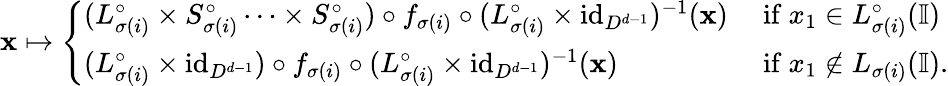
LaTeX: \mathbf{x}\mapsto\left\{ \begin{array}{ll}{(L_{\sigma(i)}^{\circ}\times S_{\sigma(i)}^{\circ}\dots\times S_{\sigma(i)}^{\circ})\circ f_{\sigma(i)}\circ(L_{\sigma(i)}^{\circ}\times\mathrm{id}_{D^{d-1}})^{-1}(\mathbf{x})}&{\mathrm{~if~}x_{1}\in L_{\sigma(i)}^{\circ}(\mathbb{I})}\\ {(L_{\sigma(i)}^{\circ}\times\mathrm{id}_{D^{d-1}})\circ f_{\sigma(i)}\circ(L_{\sigma(i)}^{\circ}\times\mathrm{id}_{D^{d-1}})^{-1}(\mathbf{x})}&{\mathrm{~if~}x_{1}\notin L_{\sigma(i)}(\mathbb{I}).}\end{array}\right.